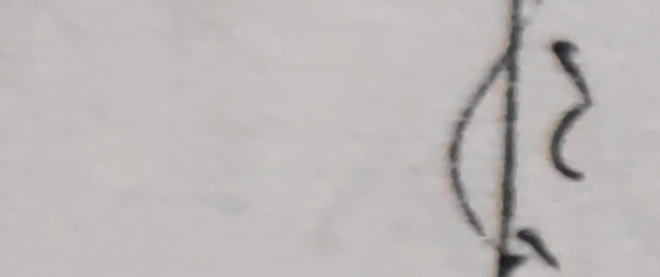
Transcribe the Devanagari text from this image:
२